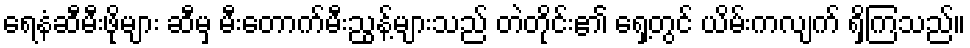
ရေနံဆီမီးဖိုများ ဆီမှ မီးတောက်မီးညွန့်များသည် တဲတိုင်း၏ ရှေ့တွင် ယိမ်းကလျက် ရှိကြသည်။